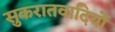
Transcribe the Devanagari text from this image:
सुकरातवादियों